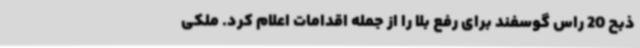
ذبح 20 راس گوسفند برای رفع بلا را از جمله اقدامات اعلام کرد. ملکی